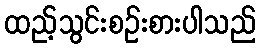
ထည့်သွင်းစဉ်းစားပါသည်